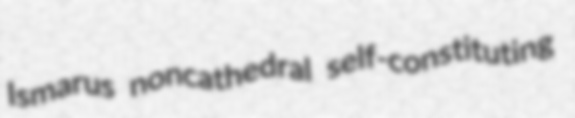
Ismarus noncathedral self-constituting